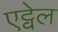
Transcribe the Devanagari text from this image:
एट्वेल